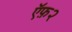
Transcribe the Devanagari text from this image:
ऍफ़२